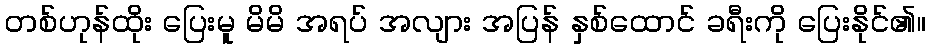
တစ်ဟုန်ထိုး ပြေးမူ မိမိ အရပ် အလျား အပြန် နှစ်ထောင် ခရီးကို ပြေးနိုင်၏။